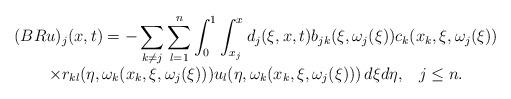
LaTeX: \begin{align*}\begin{array}{cc}(BRu)_{j}(x,t)=-\displaystyle \sum_{k\neq j}\sum_{l=1}^{n}\int_{0}^{1}\int_{x_j}^{x}d_{j}(\xi,x,t)b_{jk}(\xi,\omega_j(\xi))c_{k}(x_k,\xi,\omega_j(\xi))& \\\displaystyle \times r_{kl}(\eta,\omega_k(x_k,\xi,\omega_j(\xi)))u_{l}(\eta,\omega_k(x_k,\xi,\omega_j(\xi)))\,d\xi d\eta, \;\;\; j\le n. & \end{array}\end{align*}